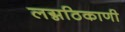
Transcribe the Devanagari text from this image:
लग्नठिकाणी